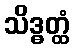
သိဒ္ဓတ္ထံ